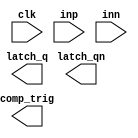
(* Blackbox *)
module adc_comp_latch(
   `ifdef USE_POWER_PINS
      inout VDD,	// User area 1.8V supply
      inout VSS,	// User area ground
   `endif
   input wire clk,
   input wire inp,
   input wire inn,
   output wire comp_trig,
   output wire latch_qn,
   output wire latch_q
   );
endmodule